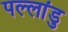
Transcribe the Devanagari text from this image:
पल्लांडु